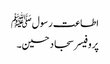
اطاعت رسولﷺ
پروفیسر سجاد حسین۔